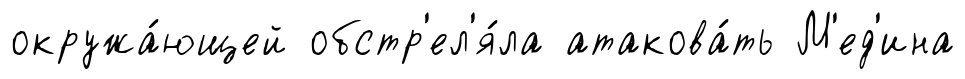
окружа́ющей обстр'ел'я́ла атакова́ть М'ед'ина